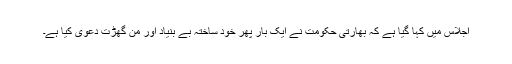
اجلاس میں کہا گیا ہے کہ بھارتی حکومت نے ایک بار پھر خود ساختہ بے بنیاد اور من گھڑت دعویٰ کیا ہے۔